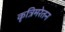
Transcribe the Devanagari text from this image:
कृत्रिमरेतन